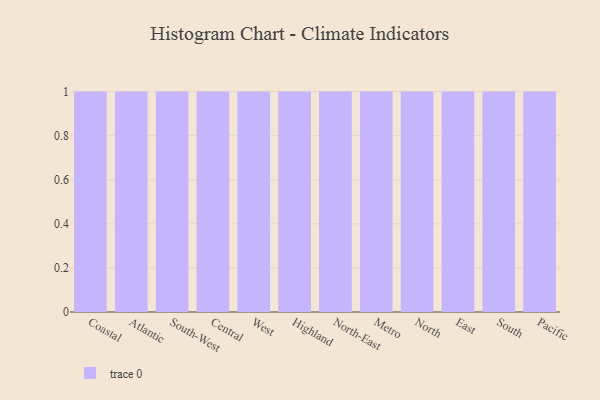
{"axis": {"x": "Region", "y": "Budget (USD K)"}, "legend": [""], "data": [{"x": "Coastal", "y": 65, "type": ""}, {"x": "Atlantic", "y": 4, "type": ""}, {"x": "South-West", "y": 29, "type": ""}, {"x": "Central", "y": 9, "type": ""}, {"x": "West", "y": 92, "type": ""}, {"x": "Highland", "y": 67, "type": ""}, {"x": "North-East", "y": 93, "type": ""}, {"x": "Metro", "y": 28, "type": ""}, {"x": "North", "y": 6, "type": ""}, {"x": "East", "y": 30, "type": ""}, {"x": "South", "y": 45, "type": ""}, {"x": "Pacific", "y": 69, "type": ""}]}